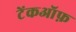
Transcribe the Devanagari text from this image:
टेंकऑफ़